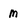
Character: m